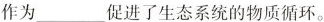
作为___促进了生态系统的物质循环。